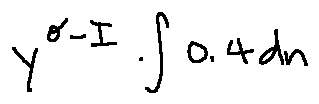
y ^ { \sigma - I } \int 0 . 4 d n